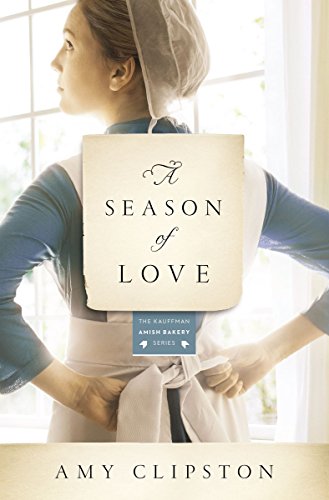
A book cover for A Season of Love (Kauffman Amish Bakery Series); Amy Clipston; Romance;